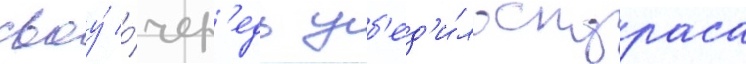
своу́ о́чер'едь уб'ед'и́ло скураса